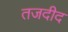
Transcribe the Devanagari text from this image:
तजदीद